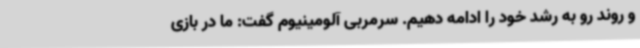
و روند رو به رشد خود را ادامه دهیم. سرمربی آلومینیوم گفت:‌ ما در بازی